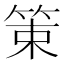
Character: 䇿